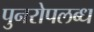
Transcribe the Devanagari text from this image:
पुनरोपलब्ध